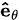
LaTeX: \scriptstyle\mathbf{\hat{e}}_{\theta}